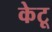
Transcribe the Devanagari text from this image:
केटू